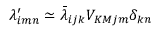
\lambda _ { i m n } ^ { \prime } \simeq \bar { \lambda } _ { i j k } V _ { K M j m } \delta _ { k n }